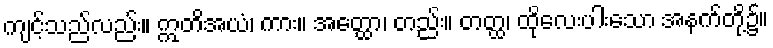
ကျင့်သည်လည်း။ ဣတိအယံ၊ ကား။ အတ္ထော၊ တည်း။ တတ္ထ၊ ထိုလေးပါးသော အနက်တို့၌။